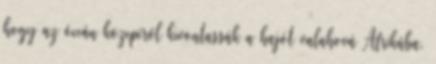
hogy az óceán közepéről kivontassák a hajót valahová Afrikába.